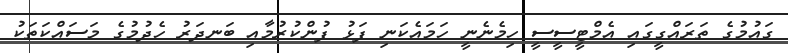
ގައުމުގެ ތަރައްގީގައި އެމްޓީސީސީ ހިމެނެނީ ހަމައެކަނި ފަޅު ފުންކުރުމާއި ބަނދަރު ހެދުމުގެ މަސައްކަތަކު